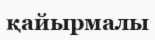
қайырмалы